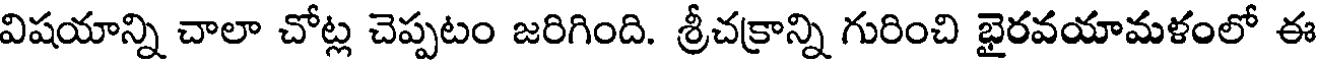
విషయాన్ని చాలా చోట్ల చెప్పటం జరిగింది. శ్రీచక్రాన్ని గురించి భైరవయామళంలో ఈ